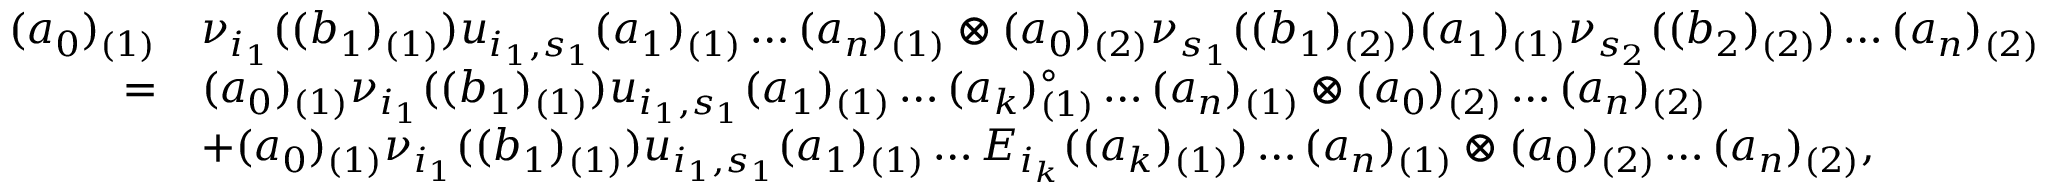
\begin{array} { r l } { ( a _ { 0 } ) _ { ( 1 ) } } & { \nu _ { i _ { 1 } } ( ( b _ { 1 } ) _ { ( 1 ) } ) u _ { i _ { 1 } , s _ { 1 } } ( a _ { 1 } ) _ { ( 1 ) } \dots ( a _ { n } ) _ { ( 1 ) } \otimes ( a _ { 0 } ) _ { ( 2 ) } \nu _ { s _ { 1 } } ( ( b _ { 1 } ) _ { ( 2 ) } ) ( a _ { 1 } ) _ { ( 1 ) } \nu _ { s _ { 2 } } ( ( b _ { 2 } ) _ { ( 2 ) } ) \dots ( a _ { n } ) _ { ( 2 ) } } \\ { = } & { ( a _ { 0 } ) _ { ( 1 ) } \nu _ { i _ { 1 } } ( ( b _ { 1 } ) _ { ( 1 ) } ) u _ { i _ { 1 } , s _ { 1 } } ( a _ { 1 } ) _ { ( 1 ) } \dots ( a _ { k } ) _ { ( 1 ) } ^ { \circ } \dots ( a _ { n } ) _ { ( 1 ) } \otimes ( a _ { 0 } ) _ { ( 2 ) } \dots ( a _ { n } ) _ { ( 2 ) } } \\ & { + ( a _ { 0 } ) _ { ( 1 ) } \nu _ { i _ { 1 } } ( ( b _ { 1 } ) _ { ( 1 ) } ) u _ { i _ { 1 } , s _ { 1 } } ( a _ { 1 } ) _ { ( 1 ) } \dots E _ { i _ { k } } ( ( a _ { k } ) _ { ( 1 ) } ) \dots ( a _ { n } ) _ { ( 1 ) } \otimes ( a _ { 0 } ) _ { ( 2 ) } \dots ( a _ { n } ) _ { ( 2 ) } , } \end{array}